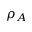
\rho _ { A }